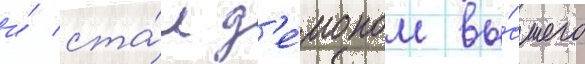
и́ ста́л д'е́моном вы́сшего